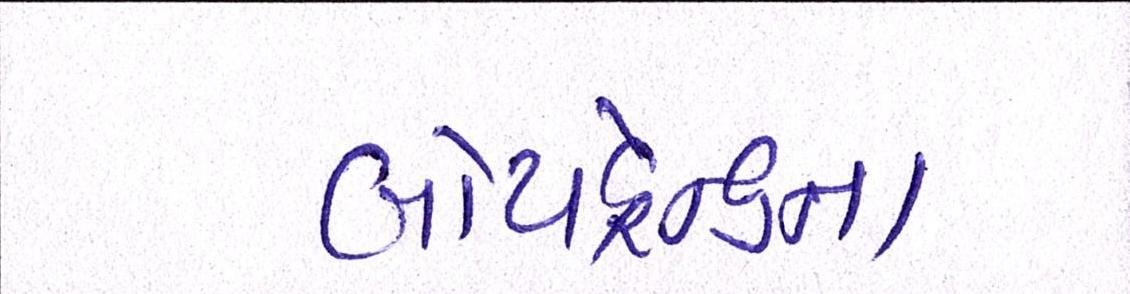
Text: બોયફ્રેન્ડના